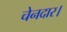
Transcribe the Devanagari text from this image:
चेनदार।